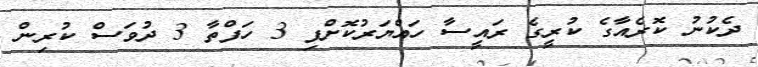
ދެކުނު ކޮރެއާގެ ކުރީގެ ރައީސާ ހައްޔަރުކޮށްފި 3 ހަފްތާ 3 ދުވަސް ކުރިން